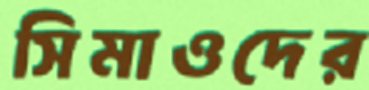
সিমাওদের